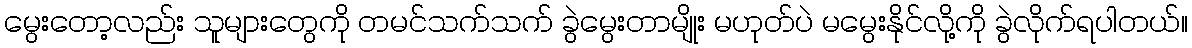
မွေးတော့လည်း သူများတွေကို တမင်သက်သက် ခွဲမွေးတာမျိုး မဟုတ်ပဲ မမွေးနိုင်လို့ကို ခွဲလိုက်ရပါတယ်။